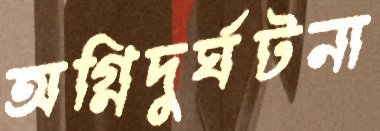
অগ্নিদুর্ঘটনা